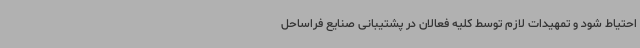
احتیاط شود و تمهیدات لازم توسط کلیه فعالان در پشتیبانی صنایع فراساحل